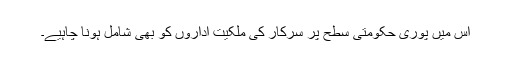
اس میں پوری حکومتی سطح پر سرکار کی ملکیت اداروں کو بھی شامل ہونا چاہیے۔